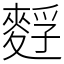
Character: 䴸